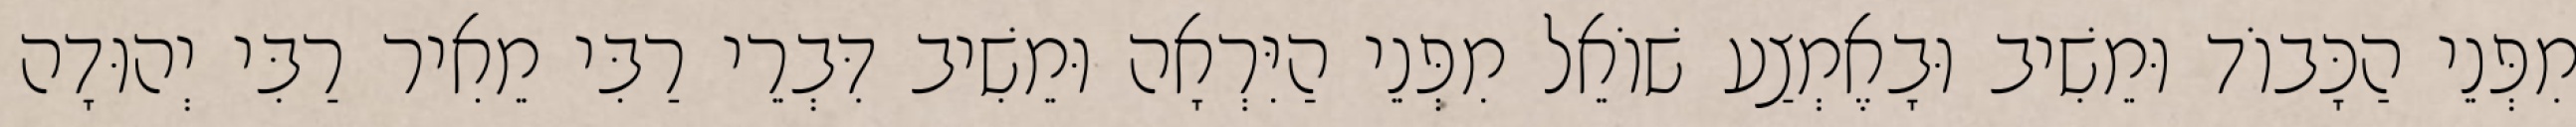
מִפְּנֵי הַכָּבוֹד וּמֵשִׁיב וּבָאֶמְצַע שׁוֹאֵל מִפְּנֵי הַיִּרְאָה וּמֵשִׁיב דִּבְרֵי רַבִּי מֵאִיר רַבִּי יְהוּדָה